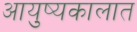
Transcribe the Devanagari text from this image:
आयुष्यकालात